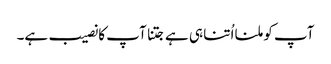
آپ کو ملنا اُتنا ہی ہے جتنا آپ کا نصیب ہے۔